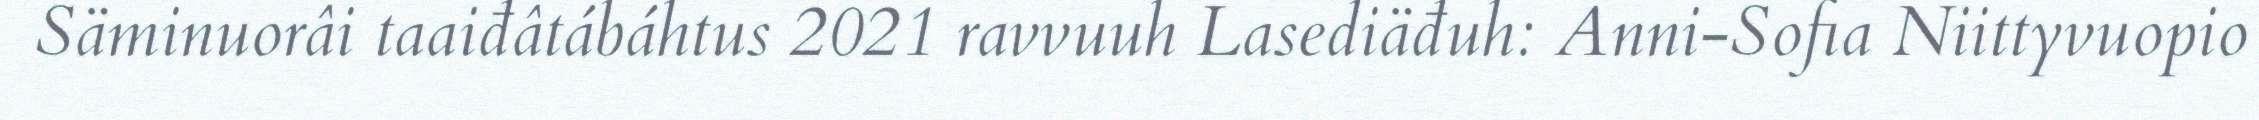
Säminuorâi taaiđâtábáhtus 2021 ravvuuh Lasediäđuh: Anni-Sofia Niittyvuopio